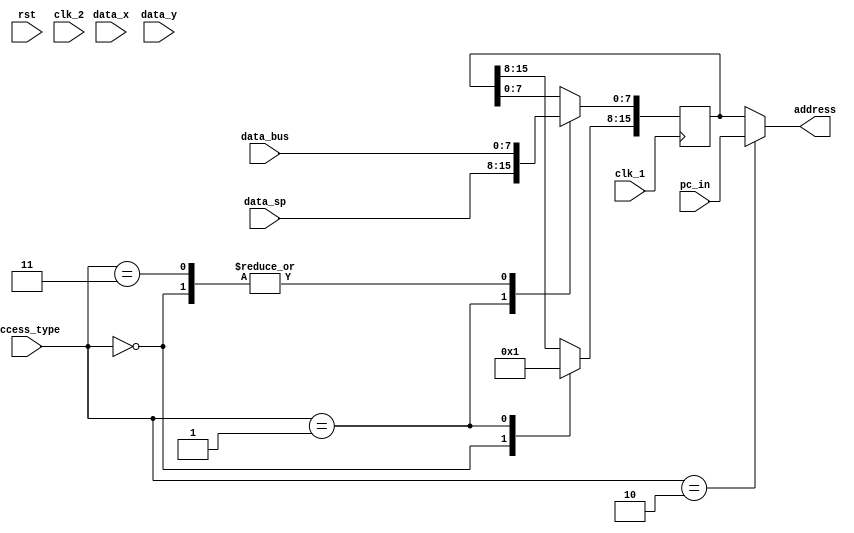
module add_buff (rst,clk_1,clk_2,
                access_type,
                data_bus,data_x,data_y,data_sp,
                pc_in,
                address
);

input wire rst,clk_1,clk_2;
input wire[1:0] access_type;
input wire [7:0] data_bus,data_x,data_y,data_sp;
input wire [15:0] pc_in;
output wire [15:0] address;

reg[15:0] address_buff;

parameter ZERO=0,STACK=1,PC=2,ABSOL=3;

always @(posedge clk_1) begin
    case (access_type) 
        ZERO: begin
            address_buff[15:8] <= 8'h00;
            address_buff[7:0] <= data_bus;
        end
        STACK: begin
            address_buff[15:8] <= 8'h01;
            address_buff[7:0] <= data_sp;
        end
        ABSOL: address_buff[7:0]<= data_bus;
    endcase
end

assign address[15:0] = access_type == PC ? pc_in : address_buff;
endmodule